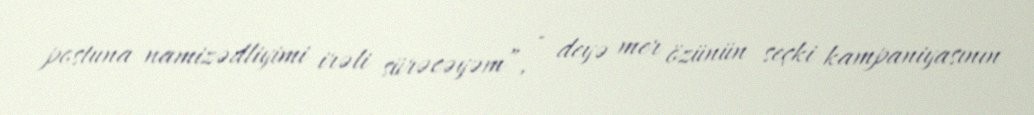
postuna namizədliyimi irəli sürəcəyəm”, - deyə mer özünün seçki kampaniyasının